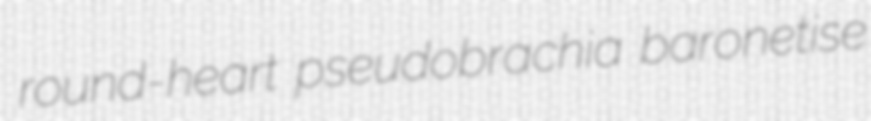
round-heart pseudobrachia baronetise